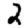
Digit: 2